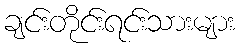
ချင်းတိုင်းရင်းသားများ